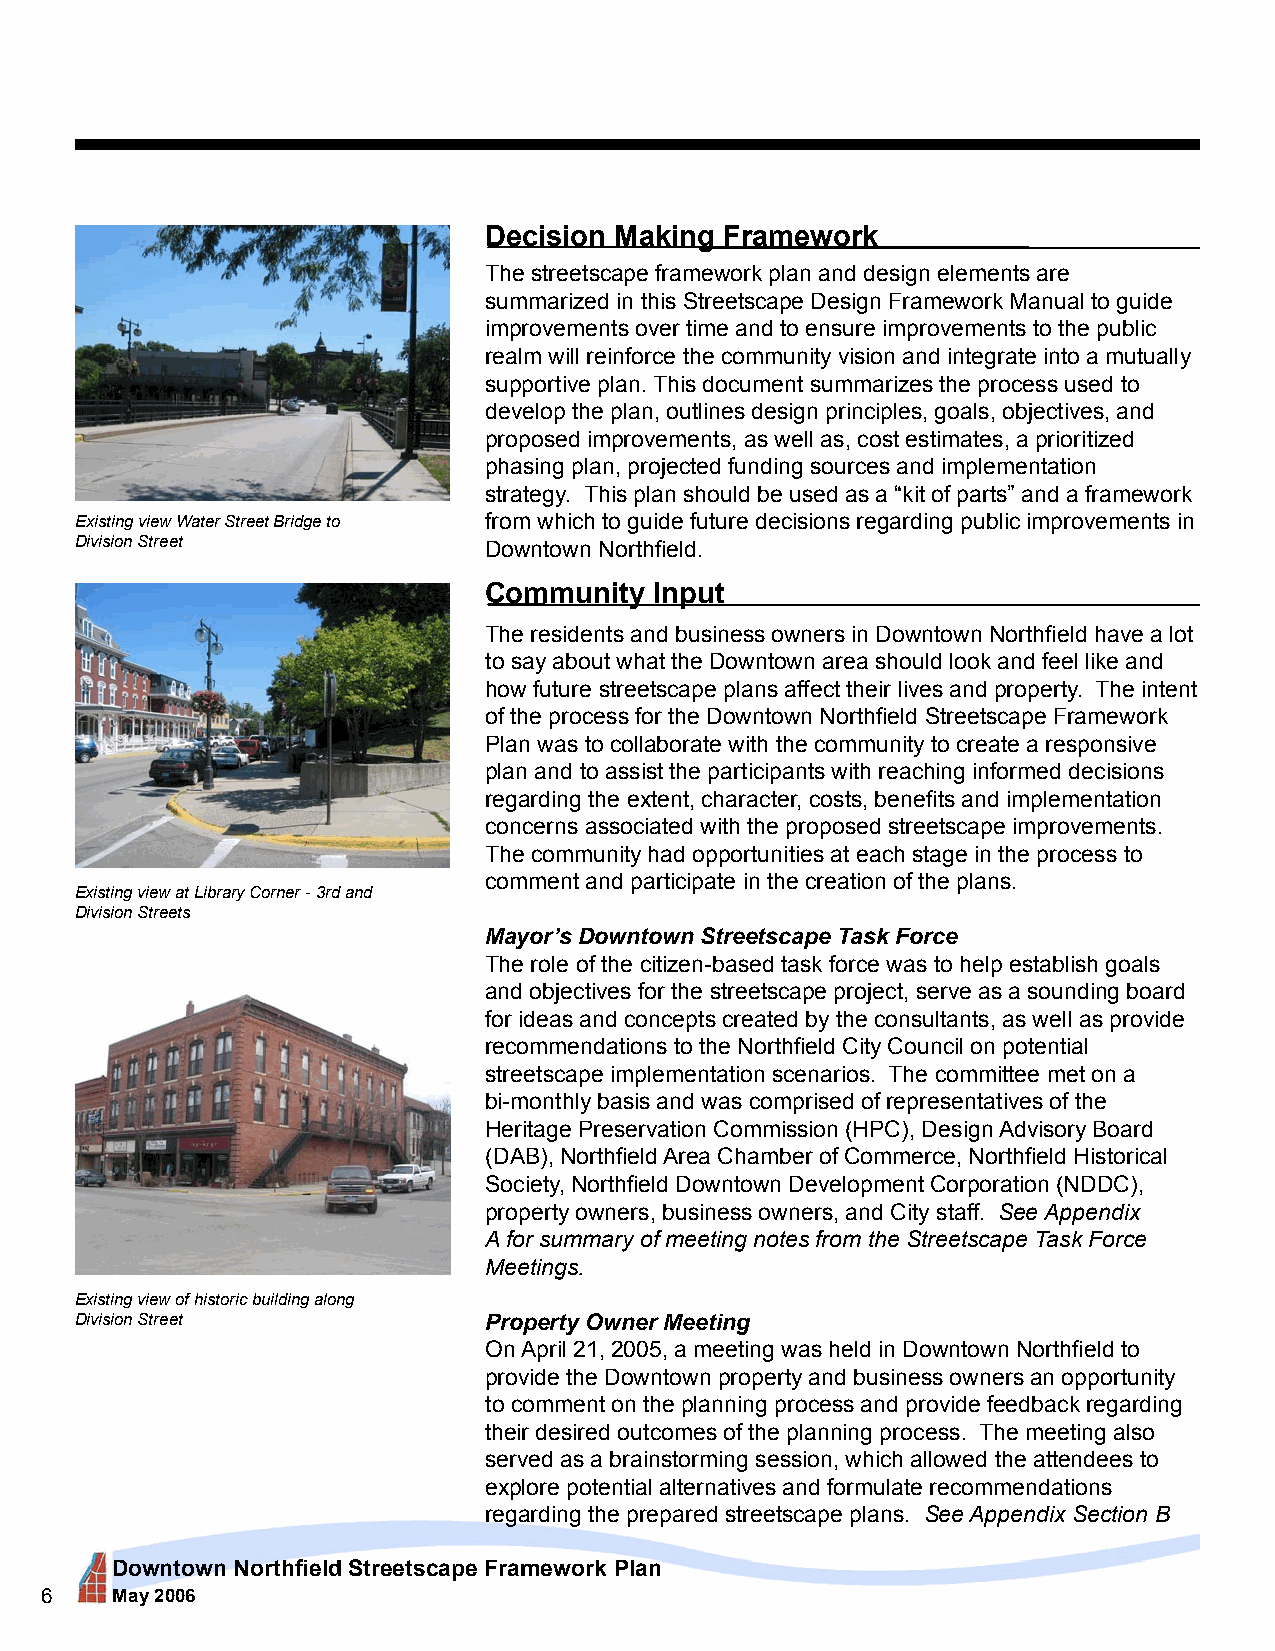
Decision Making Framework
 The streetscape framework plan and design elements are
 summarized in this Streetscape Design Framework Manual to guide
 improvements over time and to ensure improvements to the public
 realm will reinforce the community vision and integrate into a mutually
 supportive plan. This document summarizes the process used to
 develop the plan, outlines design principles, goals, objectives, and
 proposed improvements, as well as, cost estimates, a prioritized
 phasing plan, projected funding sources and implementation
 strategy. This plan should be used as a “kit of parts” and a framework
 Existing view Water Street Bridge to from which to guide future decisions regarding public improvements in
 Division Street            Downtown Northfield.
 Community  Input
 The residents and business owners in Downtown Northfield have a lot
 to say about what the Downtown area should look and feel like and
 how future streetscape plans affect their lives and property. The intent
 of the process for the Downtown Northfield Streetscape Framework
 Plan was to collaborate with the community to create a responsive
 plan and to assist the participants with reaching informed decisions
 regarding the extent, character, costs, benefits and implementation
 concerns associated with the proposed streetscape improvements.
 The community had opportunities at each stage in the process to
 comment and participate in the creation of the plans.
 Existing view at Library Corner - 3rd and
 Division Streets
 Mayor’s Downtown Streetscape Task Force
 The role of the citizen-based task force was to help establish goals
 and objectives for the streetscape project, serve as a sounding board
 for ideas and concepts created by the consultants, as well as provide
 recommendations to the Northfield City Council on potential
 streetscape implementation scenarios. The committee met on a
 bi-monthly basis and was comprised of representatives of the
 Heritage Preservation Commission (HPC), Design Advisory Board
 (DAB), Northfield Area Chamber of Commerce, Northfield Historical
 Society, Northfield Downtown Development Corporation (NDDC),
 property owners, business owners, and City staff. See Appendix
 A for summary of meeting notes from the Streetscape Task Force
 Meetings.
 Existing view of historic building along
 Division Street            Property Owner Meeting
 On April 21, 2005, a meeting was held in Downtown Northfield to
 provide the Downtown property and business owners an opportunity
 to comment on the planning process and provide feedback regarding
 their desired outcomes of the planning process. The meeting also
 served as a brainstorming session, which allowed the attendees to
 explore potential alternatives and formulate recommendations
 regarding the prepared streetscape plans. See Appendix Section B
 Downtown Northfield Streetscape Framework Plan
 6   May 2006